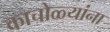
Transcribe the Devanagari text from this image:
काचोळ्यांना